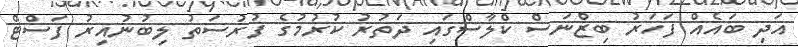
އަދި ބައެއް ފަހަރު ބިޒްނަސް ކްލާސްގައި ދަތުރު ކުރުމުގެ ފުރުސަތު ލިބުނުއިރު ފަސްޓް